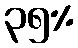
၃၅%